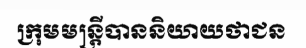
ក្រុមមន្ត្រីបាននិយាយថាជន